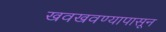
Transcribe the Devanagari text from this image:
खवखवण्यापासून